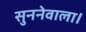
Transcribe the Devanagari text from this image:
सुननेवाला।